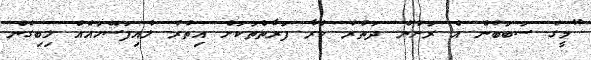
"މީގެ ސަބަބުން އެ ރަށުން ދަތުރު ކުރާ ފަރާތްތަކަށް އިތުރު ލުއިފަސޭހައެއް ލިބިގެން